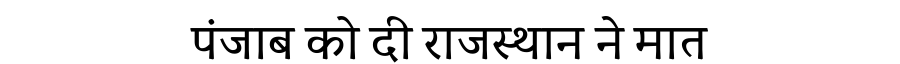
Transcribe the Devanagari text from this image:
पंजाब को दी राजस्थान ने मात